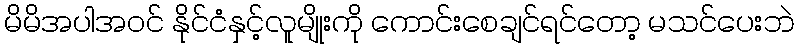
မိမိအပါအဝင် နိုင်ငံနှင့်လူမျိုးကို ကောင်းစေချင်ရင်တော့ မသင်ပေးဘဲ